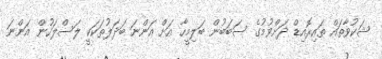
ޝަކުވާތައް ތައިރޮއިޑް ދަށްވުމުގެ ސަބަބުން ބަލިމީހާ އަށް އަންނަ ބަދަލުތަކަކީ ލަސްލަހުން އަންނަ